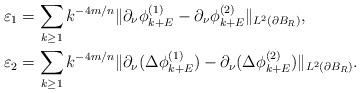
LaTeX: \begin{align*} \varepsilon_1 &= \sum_{k\geq 1} k^{-4m/n} \|\partial_\nu\phi^{(1)}_{k + E} - \partial_\nu\phi^{(2)}_{k + E}\|_{L^2(\partial B_R)},\\ \varepsilon_2 &= \sum_{k\geq 1} k^{-4m/n} \|\partial_\nu(\Delta\phi^{(1)}_{k + E}) - \partial_\nu(\Delta\phi^{(2)}_{k + E})\|_{L^2(\partial B_R)}.\end{align*}